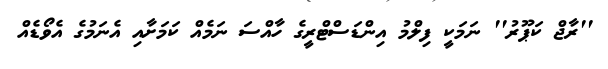
''ރާޖް ކަޕޫރު'' ނަމަކީ ފިލްމު އިންޑަސްޓްރީގެ ހާއްސަ ނަމެއް ކަމަށާއި އެނަމުގެ އެވޯޑެއް